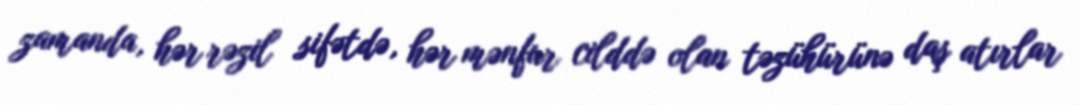
zamanda, hər rəzil sifətdə, hər mənfur cilddə olan təzühürünə daş atırlar